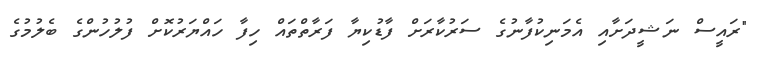
"ރައީސް ނަޝީދަށާއި އެމަނިކުފާނުގެ ސަރުކާރަށް ފާޑުކިޔާ ފަރާތްތައް ހިފާ ހައްޔަރުކޮށް ފުލުހުންގެ ބެލުމުގެ